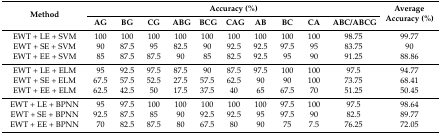
| <ROWSPAN=2> Method | <COLSPAN=10> Accuracy (%) | <ROWSPAN=2> Average Accuracy (%) |
 | AG | BG | CG | ABG | BCG | CAG | AB | BC | CA | ABC/ABCG |
 | --- | --- | --- | --- | --- | --- | --- | --- | --- | --- | --- | --- |
 | EWT + LE + SVM | 100 | 100 | 100 | 100 | 100 | 100 | 100 | 100 | 100 | 98.75 | 99.77 |
 | EWT + SE + SVM | 90 | 87.5 | 95 | 82.5 | 90 | 92.5 | 92.5 | 97.5 | 95 | 83.75 | 90 |
 | EWT + EE + SVM | 85 | 87.5 | 87.5 | 90 | 85 | 82.5 | 92.5 | 95 | 90 | 91.25 | 88.86 |
 | EWT + LE + ELM | 95 | 92.5 | 97.5 | 87.5 | 90 | 87.5 | 97.5 | 100 | 100 | 97.5 | 94.77 |
 | EWT + SE + ELM | 67.5 | 57.5 | 52.5 | 27.5 | 57.5 | 62.5 | 90 | 90 | 100 | 73.75 | 68.41 |
 | EWT + EE + ELM | 62.5 | 42.5 | 50 | 17.5 | 37.5 | 40 | 65 | 67.5 | 70 | 51.25 | 50.45 |
 | EWT + LE + BPNN | 95 | 97.5 | 100 | 100 | 100 | 100 | 100 | 97.5 | 100 | 97.5 | 98.64 |
 | EWT + SE + BPNN | 92.5 | 87.5 | 85 | 90 | 92.5 | 92.5 | 95 | 97.5 | 90 | 82.5 | 89.77 |
 | EWT + EE + BPNN | 70 | 82.5 | 87.5 | 80 | 67.5 | 80 | 90 | 75 | 7.5 | 76.25 | 72.05 |